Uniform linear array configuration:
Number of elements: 24
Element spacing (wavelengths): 0.75
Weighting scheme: binomial
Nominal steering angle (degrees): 15
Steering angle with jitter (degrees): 14.652
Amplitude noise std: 0.05
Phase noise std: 0.05

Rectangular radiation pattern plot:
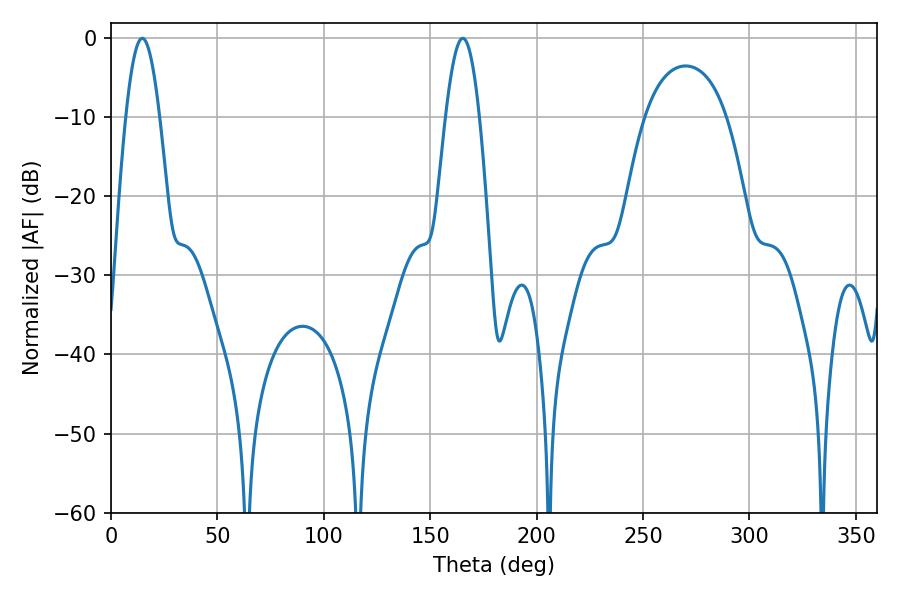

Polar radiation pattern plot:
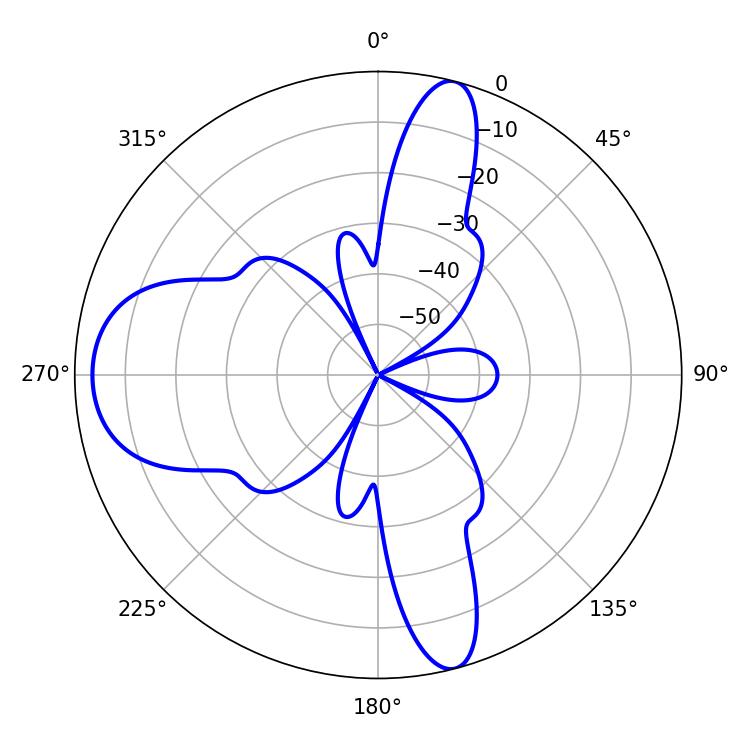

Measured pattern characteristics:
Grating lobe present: TRUE
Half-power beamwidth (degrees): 8.64
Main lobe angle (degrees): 14.76